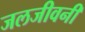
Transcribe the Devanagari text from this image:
जलजीवनी